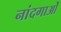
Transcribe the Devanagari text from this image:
नांदगाओं